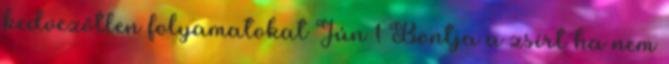
kedvezőtlen folyamatokat Jún 1 Bontja a zsírt ha nem